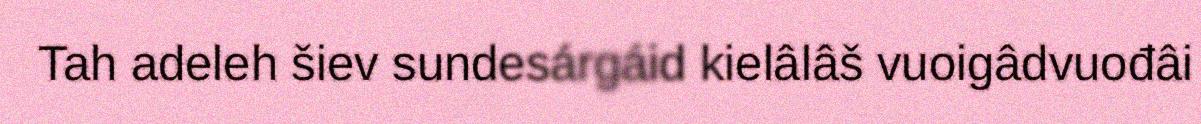
Tah adeleh šiev sundesárgáid kielâlâš vuoigâdvuođâi